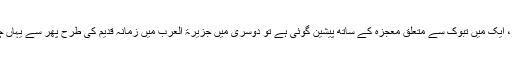
اوپر میں نے اس سے متعلق دو احادیث پیش کی ہے ، ایک میں تبوک سے متعلق معجزہ کے ساتھ پیشین گوئی ہے تو دوسری میں جزیرۃ العرب میں زمانہ قدیم کی طرح پھر سے یہاں چراگاہوں اور نہروں کے ظہور کی پیشین گوئی ہے ۔